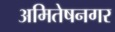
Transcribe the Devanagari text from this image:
अमितेषनगर